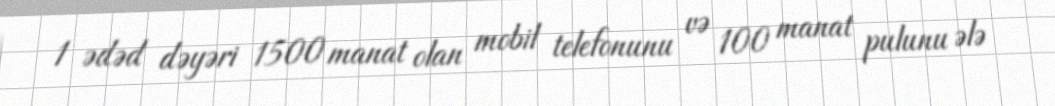
1 ədəd dəyəri 1500 manat olan mobil telefonunu və 100 manat pulunu ələ